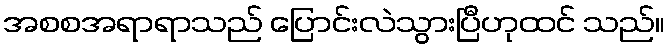
အစစအရာရာသည် ပြောင်းလဲသွားပြီဟုထင် သည်။